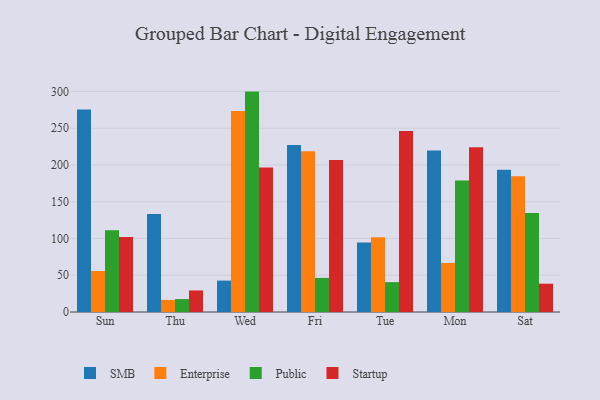
{"axis": {"x": "Day", "y": "Website Visitors"}, "legend": ["Enterprise", "Public", "SMB", "Startup"], "data": [{"x": "Sun", "y": 275.4, "type": "SMB"}, {"x": "Sun", "y": 55.8, "type": "Enterprise"}, {"x": "Sun", "y": 111.3, "type": "Public"}, {"x": "Sun", "y": 102.0, "type": "Startup"}, {"x": "Thu", "y": 133.4, "type": "SMB"}, {"x": "Thu", "y": 16.4, "type": "Enterprise"}, {"x": "Thu", "y": 17.6, "type": "Public"}, {"x": "Thu", "y": 29.3, "type": "Startup"}, {"x": "Wed", "y": 42.7, "type": "SMB"}, {"x": "Wed", "y": 273.5, "type": "Enterprise"}, {"x": "Wed", "y": 299.8, "type": "Public"}, {"x": "Wed", "y": 196.6, "type": "Startup"}, {"x": "Fri", "y": 227.1, "type": "SMB"}, {"x": "Fri", "y": 218.6, "type": "Enterprise"}, {"x": "Fri", "y": 46.4, "type": "Public"}, {"x": "Fri", "y": 206.9, "type": "Startup"}, {"x": "Tue", "y": 94.4, "type": "SMB"}, {"x": "Tue", "y": 101.8, "type": "Enterprise"}, {"x": "Tue", "y": 40.6, "type": "Public"}, {"x": "Tue", "y": 246.3, "type": "Startup"}, {"x": "Mon", "y": 219.7, "type": "SMB"}, {"x": "Mon", "y": 66.7, "type": "Enterprise"}, {"x": "Mon", "y": 178.8, "type": "Public"}, {"x": "Mon", "y": 224.2, "type": "Startup"}, {"x": "Sat", "y": 193.5, "type": "SMB"}, {"x": "Sat", "y": 184.8, "type": "Enterprise"}, {"x": "Sat", "y": 134.8, "type": "Public"}, {"x": "Sat", "y": 38.5, "type": "Startup"}]}